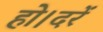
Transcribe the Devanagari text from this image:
हो।दरें